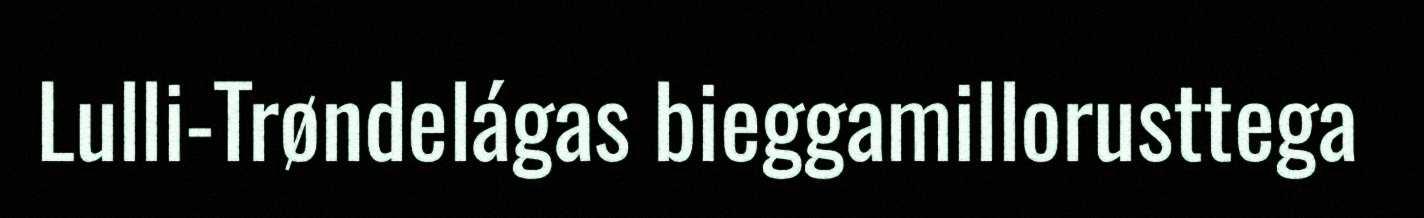
Lulli-Trøndelágas bieggamillorusttega